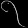
Digit: ၇